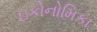
ઇકોનોમિકા